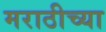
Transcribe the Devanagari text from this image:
मराठीच्‍या